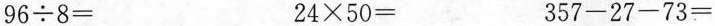
$$ 96\div8=$$ $$ 24\times50=$$ $$ 357-27-73=$$